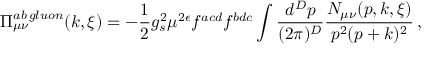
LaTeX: \Pi _ { \mu \nu } ^ { a b \, g l u o n } ( k , \xi ) = - { \frac { 1 } 2 } g _ { s } ^ { 2 } \mu ^ { 2 \epsilon } f ^ { a c d } f ^ { b d c } \int { \frac { d ^ { D } p } { ( 2 \pi ) ^ { D } } } { \frac { N _ { \mu \nu } ( p , k , \xi ) } { p ^ { 2 } ( p + k ) ^ { 2 } } } \, ,